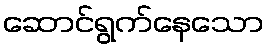
ဆောင်ရွက်နေသော